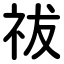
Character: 祓